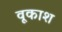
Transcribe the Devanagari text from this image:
वूकाश